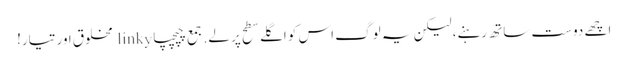
اچھے دوست ساتھ رہنے، لیکن یہ لوگ اس کو اگلے سطح پر لے. جمع چپچپا linky مخلوق اور تیار!